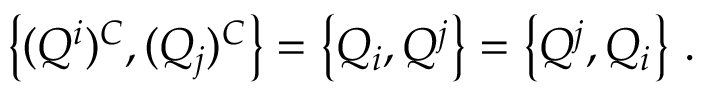
\left\{ ( Q ^ { i } ) ^ { C } , ( Q _ { j } ) ^ { C } \right\} = \left\{ Q _ { i } , Q ^ { j } \right\} = \left\{ Q ^ { j } , Q _ { i } \right\} \, .